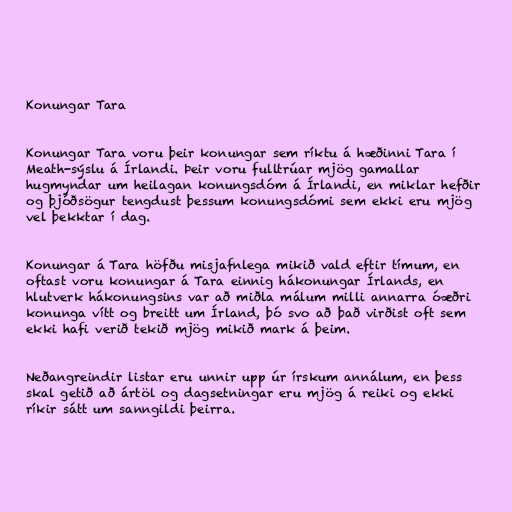
Konungar Tara

Konungar Tara voru þeir konungar sem ríktu á hæðinni Tara í
Meath-sýslu á Írlandi. Þeir voru fulltrúar mjög gamallar
hugmyndar um heilagan konungsdóm á Írlandi, en miklar hefðir
og þjóðsögur tengdust þessum konungsdómi sem ekki eru mjög
vel þekktar í dag.

Konungar á Tara höfðu misjafnlega mikið vald eftir tímum, en
oftast voru konungar á Tara einnig hákonungar Írlands, en
hlutverk hákonungsins var að miðla málum milli annarra óæðri
konunga vítt og breitt um Írland, þó svo að það virðist oft sem
ekki hafi verið tekið mjög mikið mark á þeim.

Neðangreindir listar eru unnir upp úr írskum annálum, en þess
skal getið að ártöl og dagsetningar eru mjög á reiki og ekki
ríkir sátt um sanngildi þeirra.